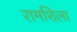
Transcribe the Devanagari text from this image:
रामशिला